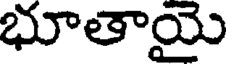
భూతాయై